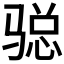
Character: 𩨂